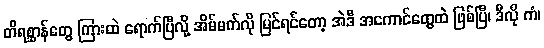
တိရစ္ဆာန်တွေ ကြားထဲ ရောက်ပြီလို့ အိမ်မက်လို မြင်ရင်တော့ အဲဒီ အကောင်တွေထဲ ဖြစ်ပြီ၊ ဒီလို ကံ၊